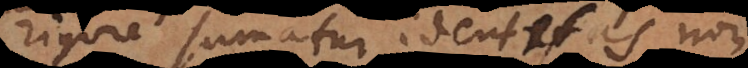
rigore sumatur identitas non